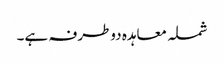
شملہ معاہدہ دوطرفہ ہے۔